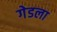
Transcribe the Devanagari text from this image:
गेडला